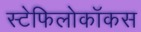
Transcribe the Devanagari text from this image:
स्टेफिलोकॉकस